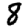
Digit: 8